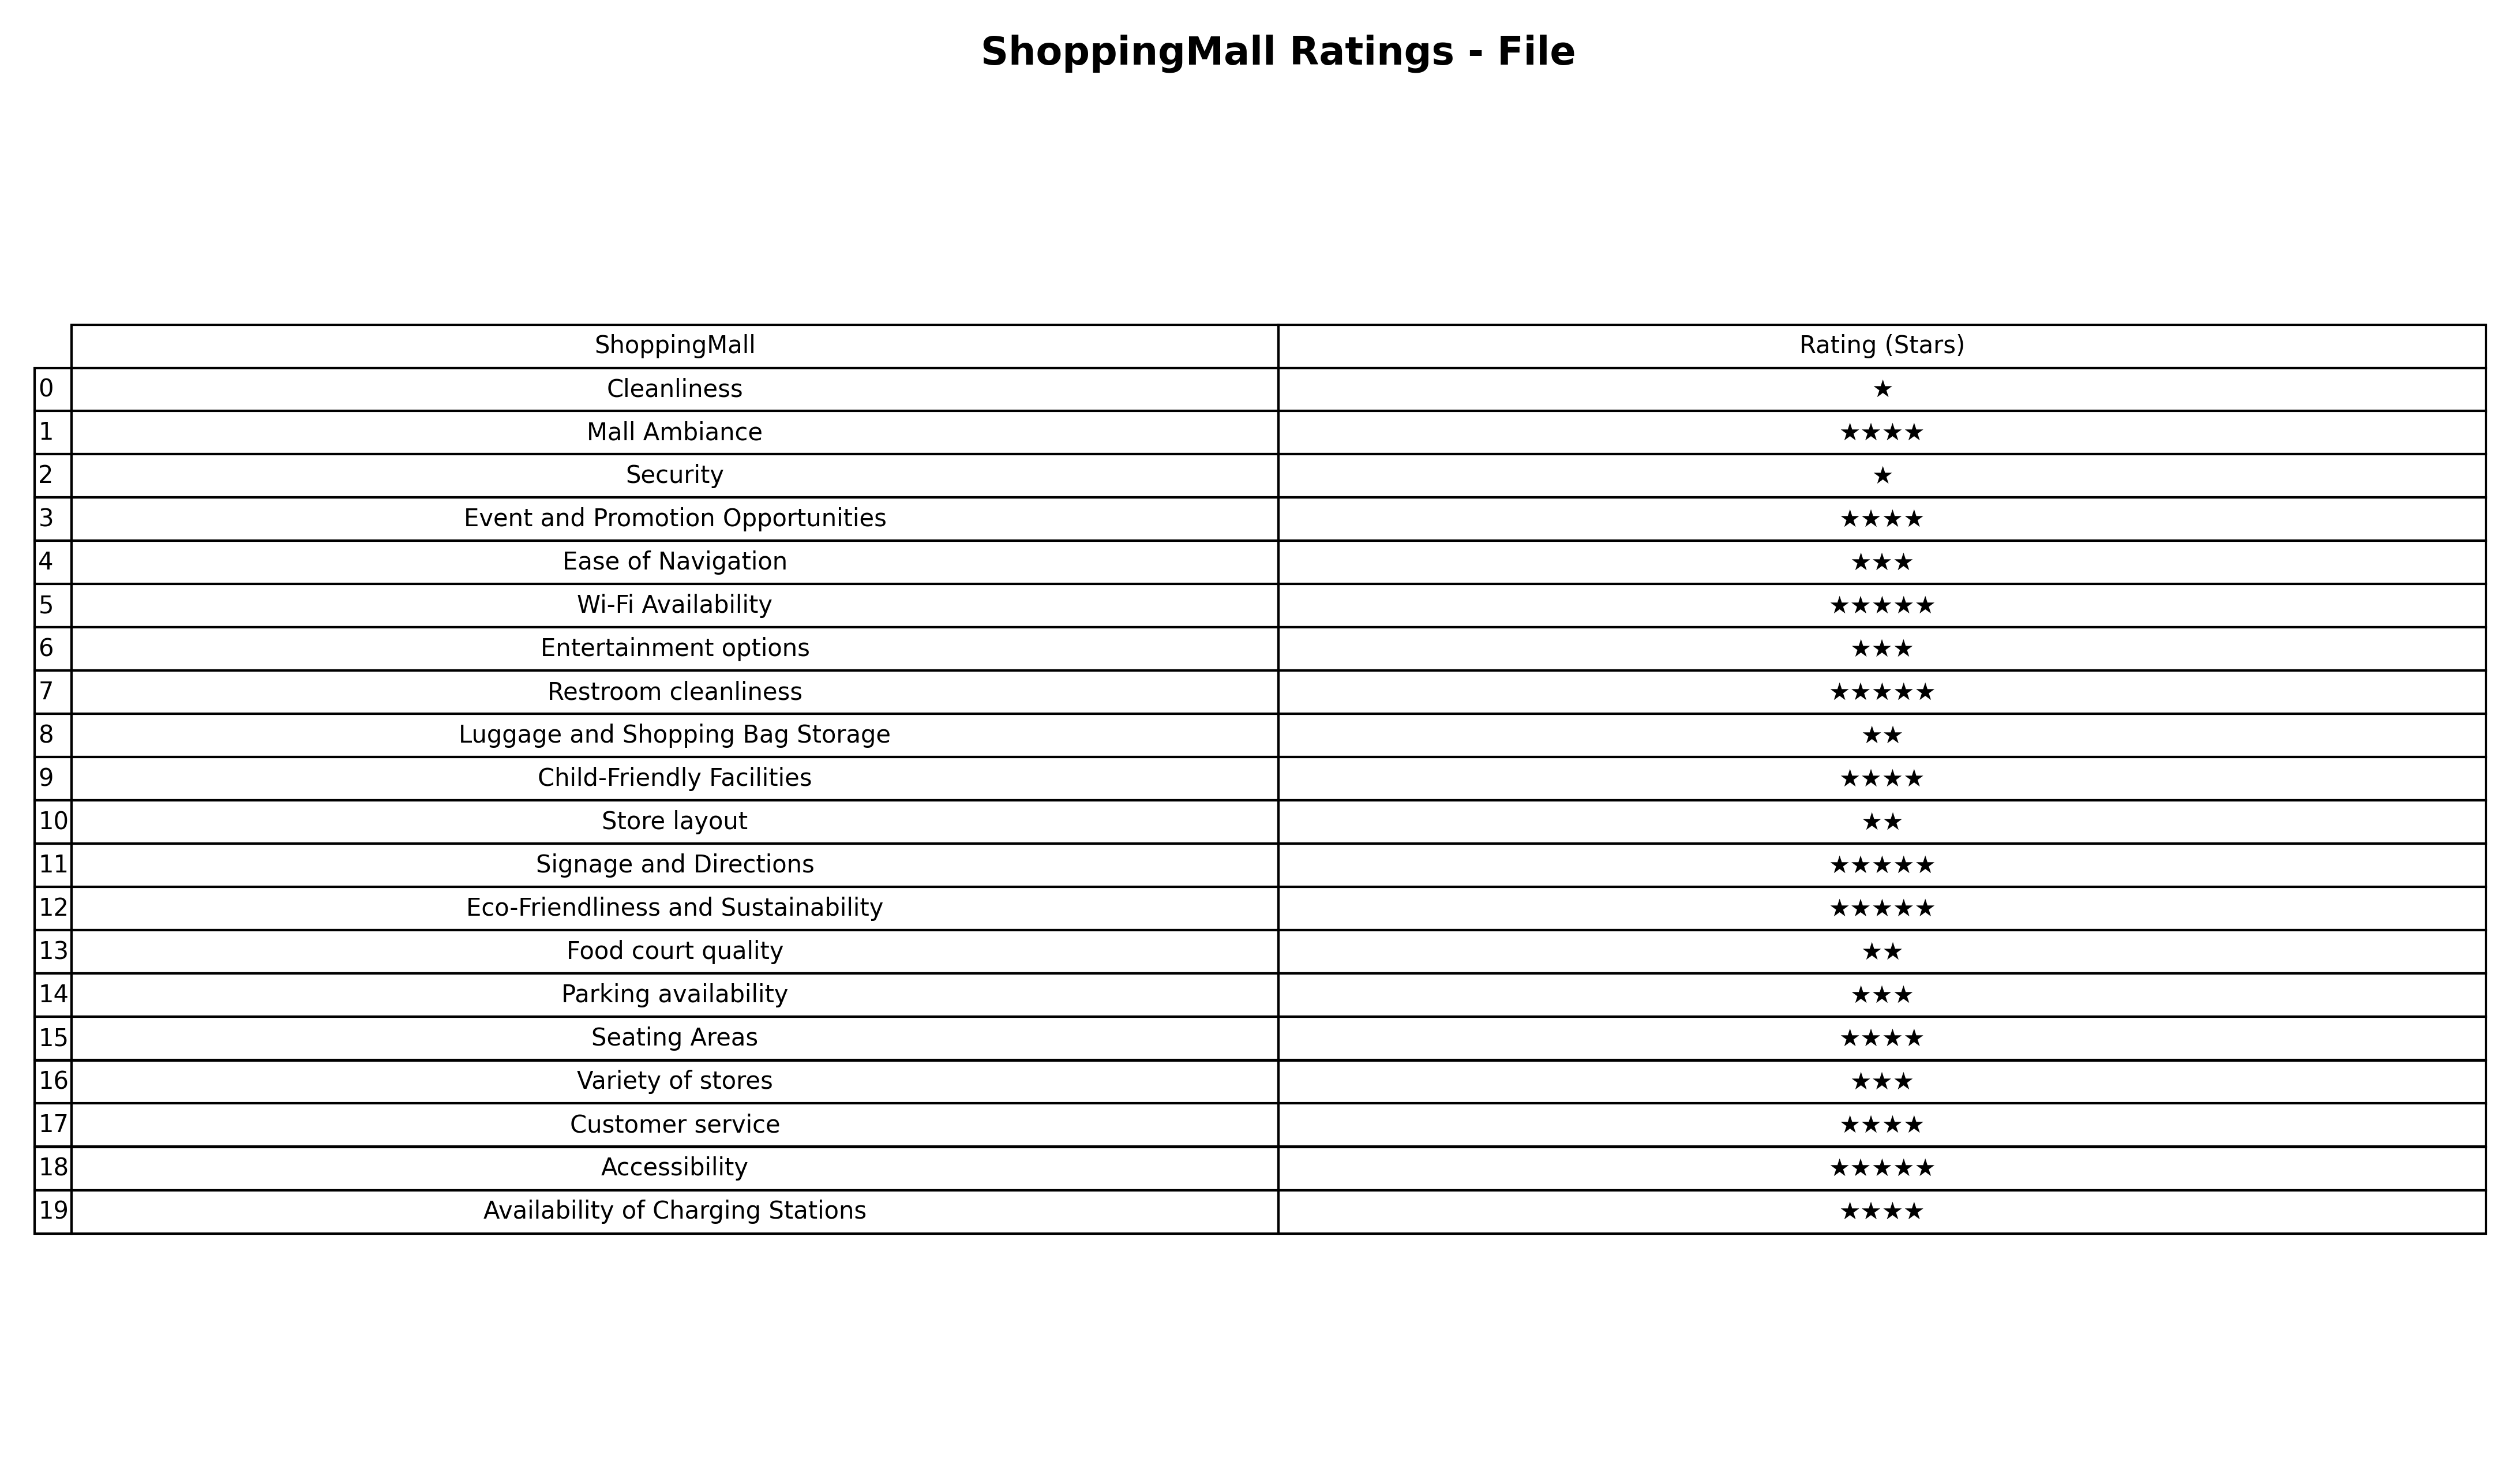
question: What is the rating of Mall Ambiance?
answer: ★★★★